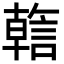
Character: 𬢺